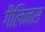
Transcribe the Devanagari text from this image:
गैलिनस